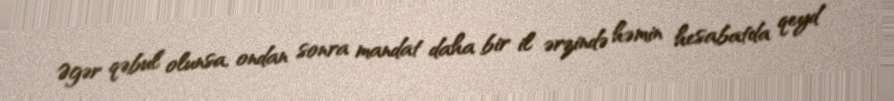
Əgər qəbul olunsa, ondan sonra mandat daha bir il ərzində həmin hesabatda qeyd